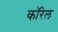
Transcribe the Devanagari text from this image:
कॉरेल